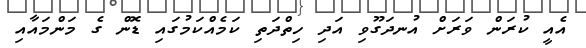
އެއީ ކުރަން ވަރަށް އުނދަގޫވި އަދި ހިތްދަތި ކަމެއްކަމުގައި ޑޮން ގެ މަންމައާއި